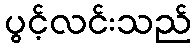
ပွင့်လင်းသည်